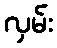
လှမ်း